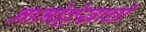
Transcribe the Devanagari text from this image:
नामोल्लेखाची